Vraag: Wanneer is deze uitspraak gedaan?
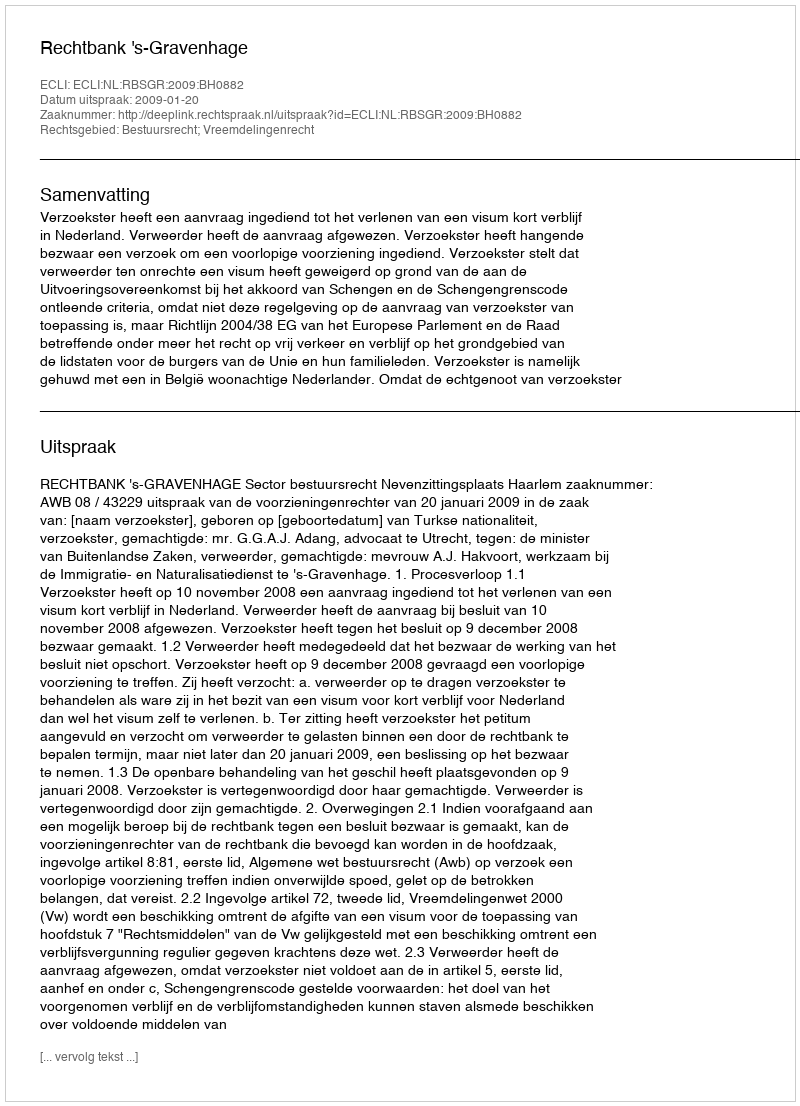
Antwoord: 2009-01-20